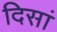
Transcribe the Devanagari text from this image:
दिसां